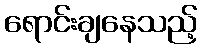
ရောင်းချနေသည့်